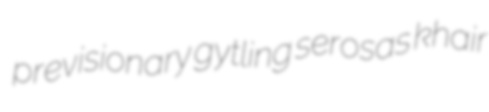
previsionary gytling serosas khair